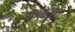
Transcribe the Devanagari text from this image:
रोडस्टरों